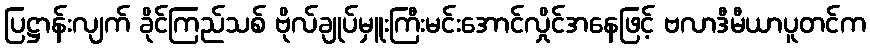
ပြဋ္ဌာန်းလျက် ခိုင်ကြည်သစ် ဗိုလ်ချုပ်မှူးကြီးမင်းအောင်လှိုင်အနေဖြင့် ဗလာဒီမီယာပူတင်က